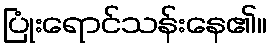
ပြုံးရောင်သန်းနေ၏။